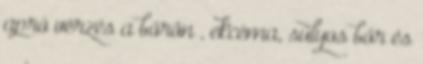
apró vérzés a bőrön , ekcéma, súlyos bőr és